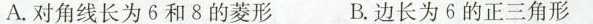
A.对角线长为6和8的菱形 B.边长为6的正三角形